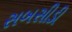
સબસીડી